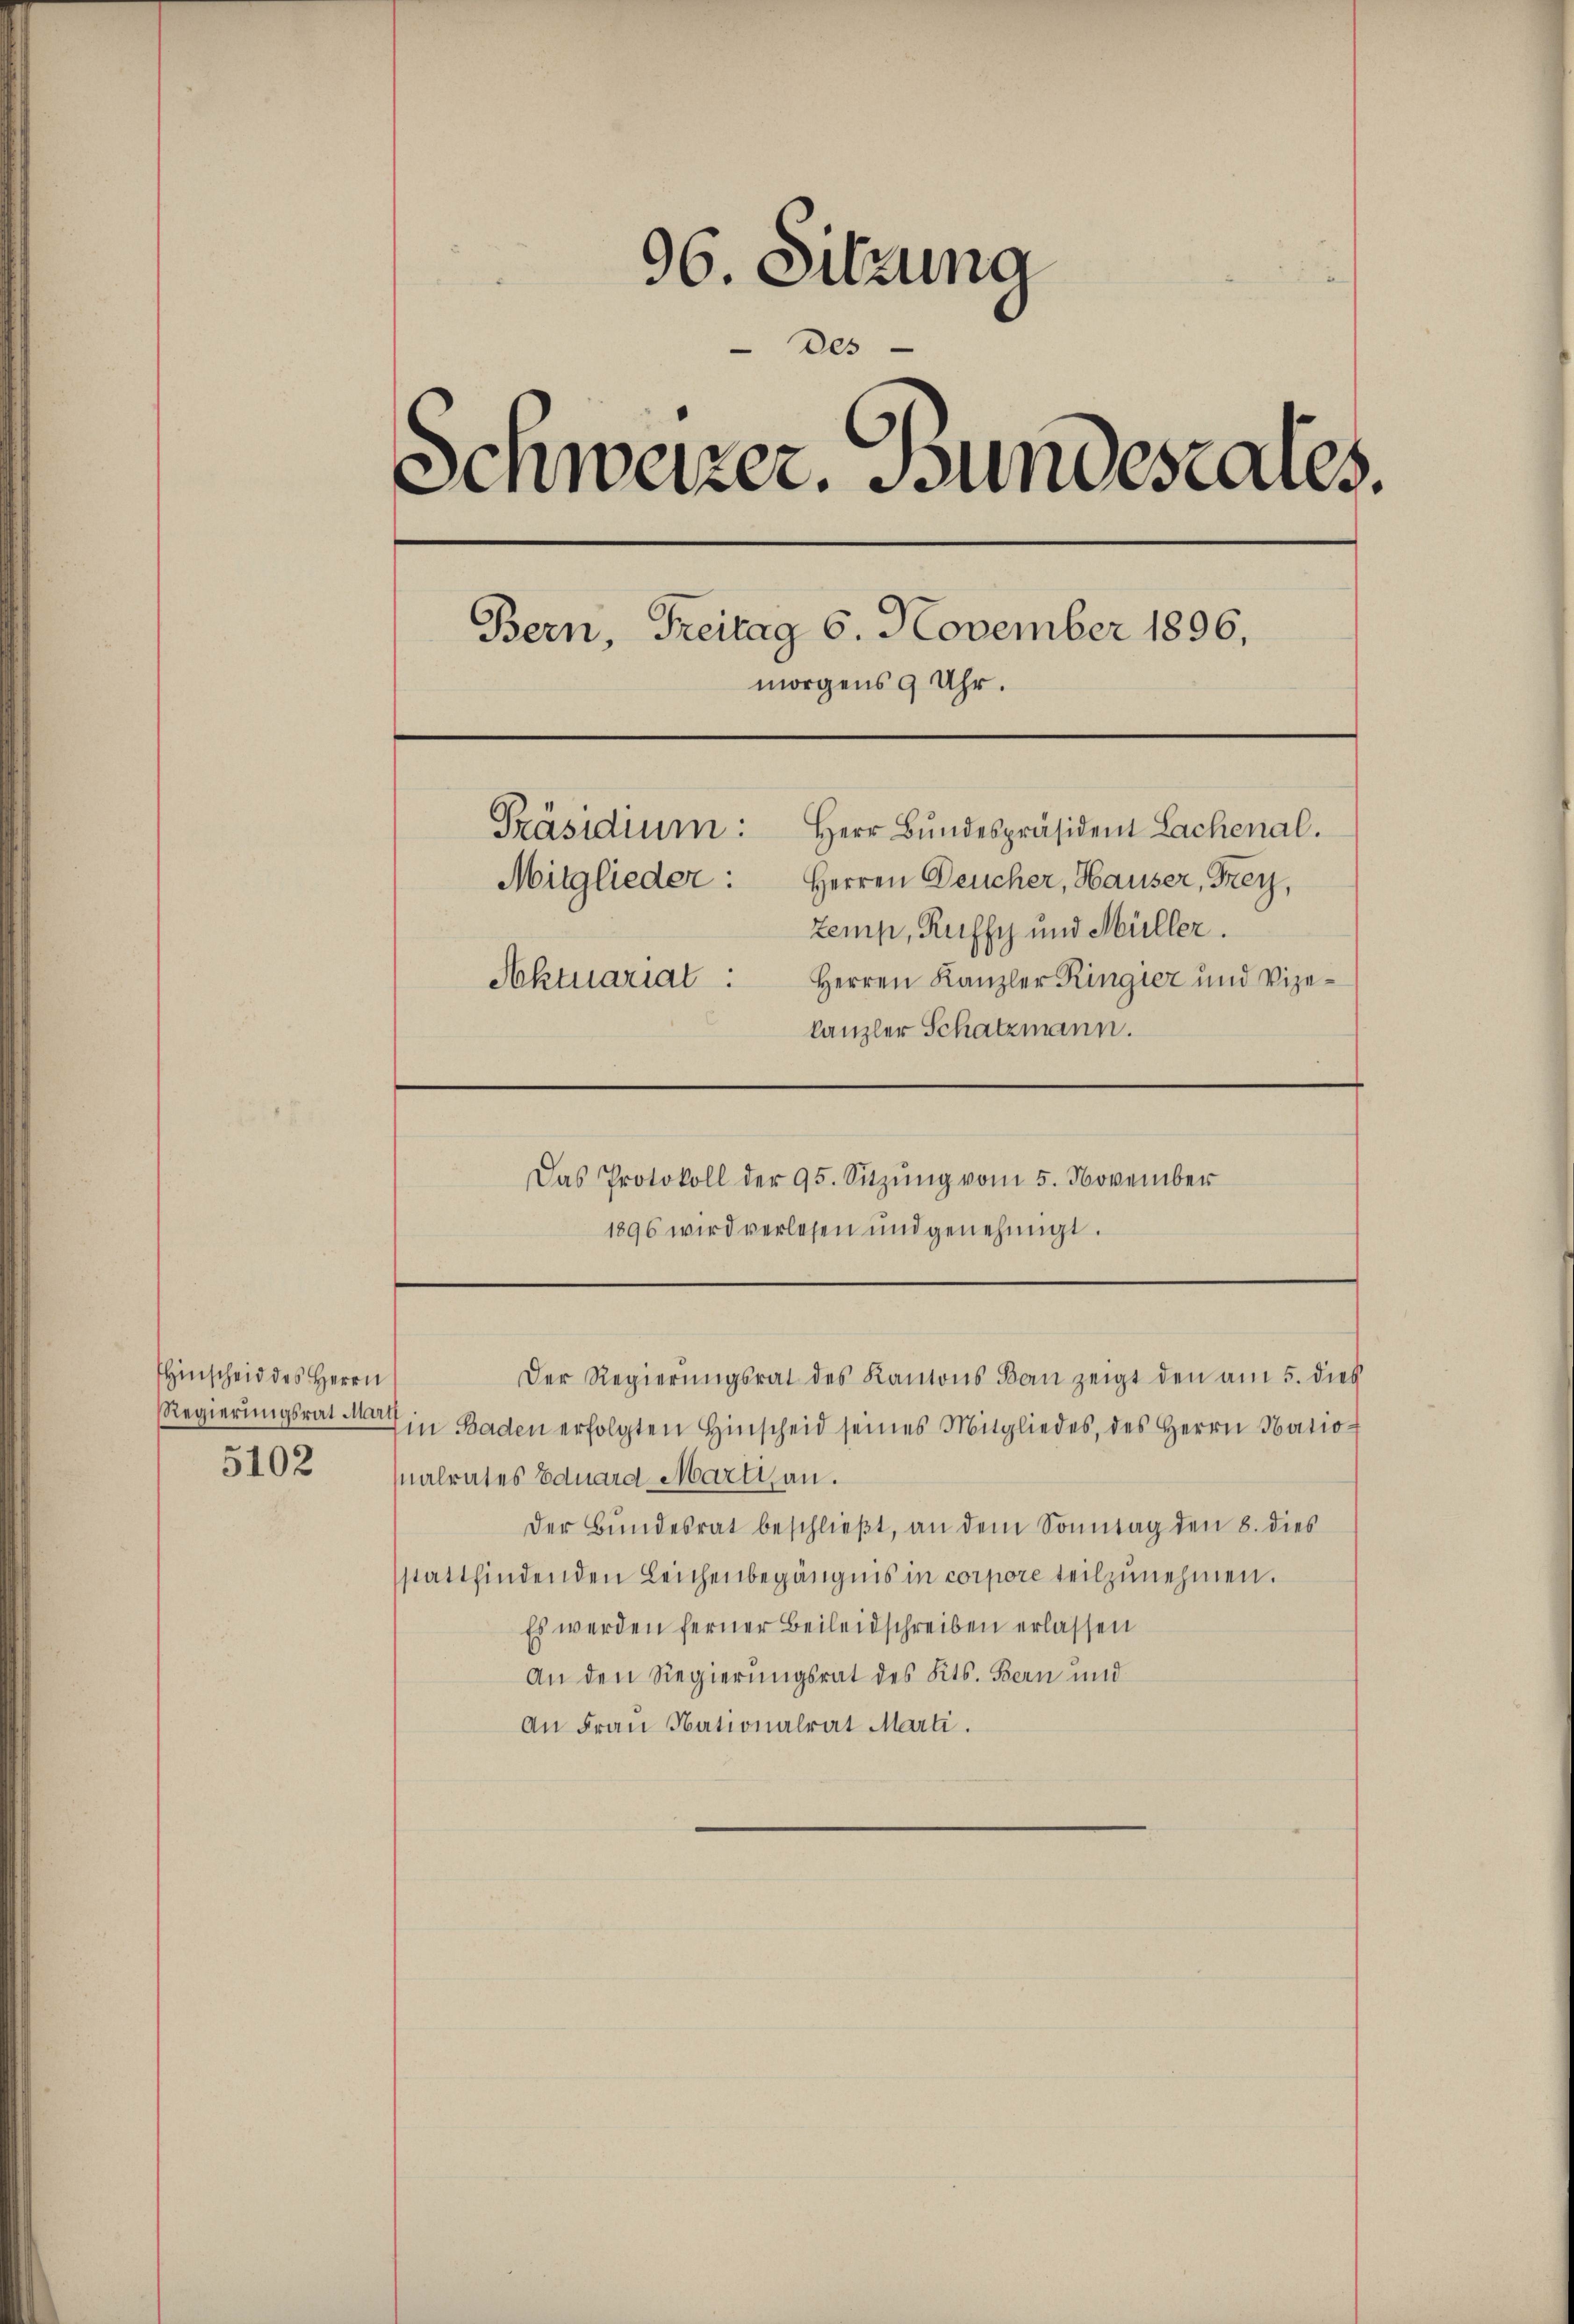
Hinscheid des Herrn
5102

96. Sitzuma
des
¬
Schweizer. Bundesares.
Bern, Freitag 6. November 1896,
morgens 9 Uhr.
Präsidium: Herr Bundespräsident Lachenal.
Mitglieder: Herren Deucher, Hauser, Frey,
temp, Ruffy und Müller.
Herren Kanzler Ringiez und Vize¬
Sehtuariat
kanzler Schatzmann.

Das Protokoll der 95. Sitzŭng vom 5. November
1896 wird verlesen und genehmigt.

Regierungsrat in Baden erfolgten Hinscheid seines Mitgliedes, des Herrn Nationalrates Eduard Marti an.
Der Bŭndesrat beschlieβt, an dem Sonntag den 8. dies
stattfindenden Leichenbegängnis in corpore teilzunehmen.
Es werden ferner Beileidschreiben erlassen
An den Regierungsrat des Kts. Bern und
An Frau Nationalrat Marti.

Der Regierŭngsrat des Kantons Bau zeigt den am 5. dies